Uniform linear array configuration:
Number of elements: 24
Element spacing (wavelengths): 0.25
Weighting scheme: kaiser
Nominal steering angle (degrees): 0
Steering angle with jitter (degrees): -0.698
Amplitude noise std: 0.05
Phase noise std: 0.05

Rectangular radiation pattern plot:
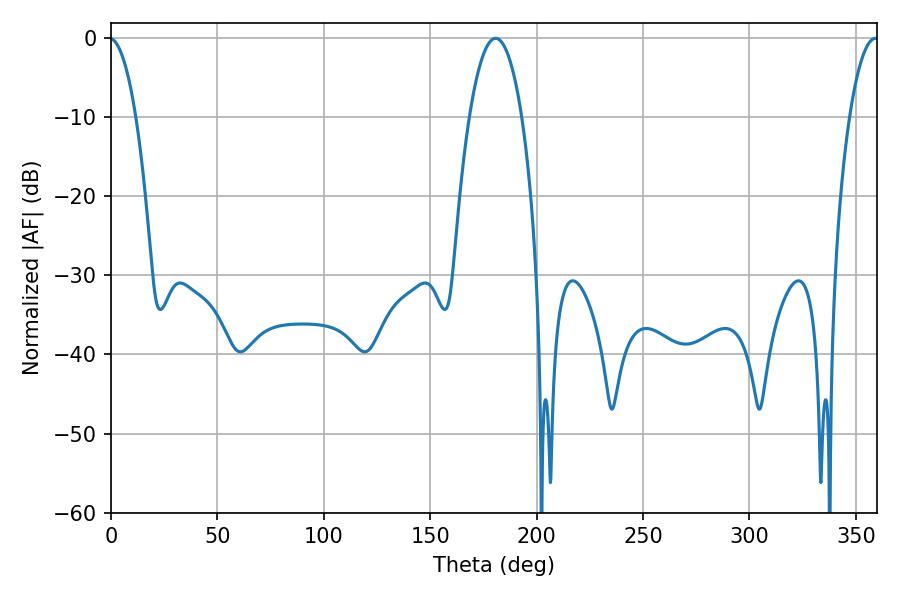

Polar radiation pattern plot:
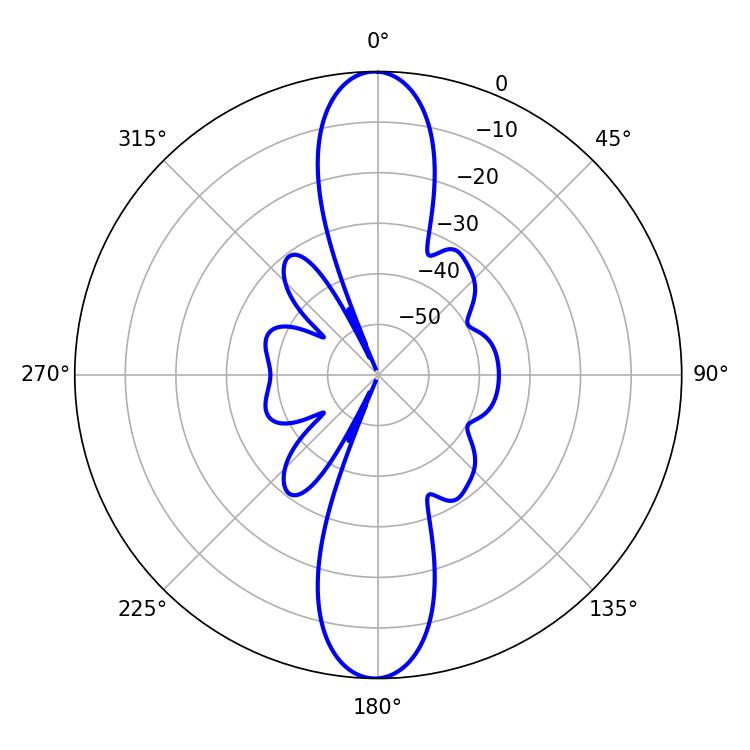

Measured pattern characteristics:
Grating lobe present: FALSE
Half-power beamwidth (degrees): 13.68
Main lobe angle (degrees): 180.72